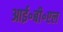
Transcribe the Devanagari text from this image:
आई॰बी॰एल